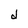
Character: d